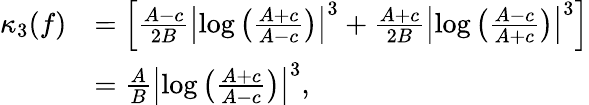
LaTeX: \begin{array}{rl}{\kappa_{3}(f)}&{=\left[\frac{A-c}{2B}\left|\log\left(\frac{A+c}{A-c}\right)\right|^{3}+\frac{A+c}{2B}\left|\log\left(\frac{A-c}{A+c}\right)\right|^{3}\right]}\\ &{=\frac{A}{B}\left|\log\left(\frac{A+c}{A-c}\right)\right|^{3},}\end{array}